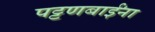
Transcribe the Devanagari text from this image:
पट्टणबाईंना